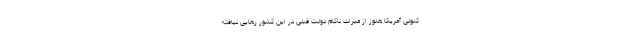
کنونی آمریکا هنوز از میراث ناکام دولت قبلی در این کشور رهایی نیافته